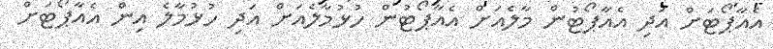
އެއާޕޯޓަށް އަދި އެއާޕޯޓުން މާލެއަށް އެއާޕޯޓުން ހުޅުމާލެއަށް އަދި ހުޅުމާލެ އިން އެއާޕޯޓަށް